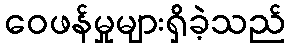
ဝေဖန်မှုများရှိခဲ့သည်